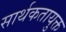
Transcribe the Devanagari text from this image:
सार्थकतायुक्त